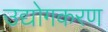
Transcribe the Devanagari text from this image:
उद्योगकरण